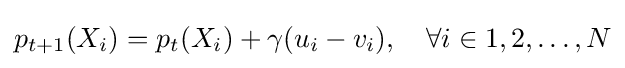
p_{t+1}(X_{i})=p_{t}(X_{i})+\gamma (u_{i}-v_{i}),\quad \forall i\in 1,2,\dots ,N